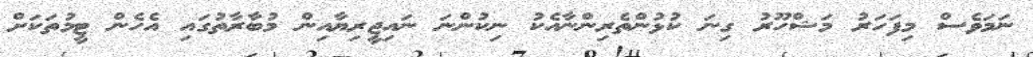
ނަމަވެސް މިފަހަރު މަޝްހޫރު ގިނަ ކުޅުންތެރިންނާއެކު ނިކުންނަ ނައިޖީރިޔާއިން މުބާރާތުގައި އެހެން ޓީމުތަކަށް